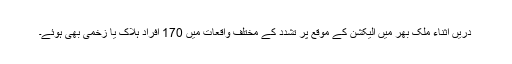
دريں اثناء ملک بھر ميں اليکشن کے موقع پر تشدد کے مختلف واقعات ميں 170 افراد ہلاک يا زخمی بھی ہوئے۔